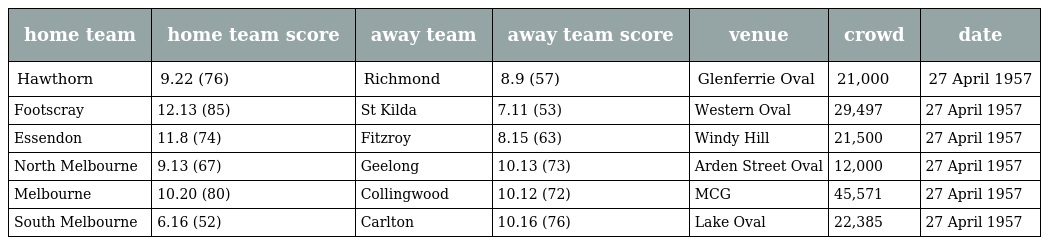
| home team | home team score | away team | away team score | venue | crowd | date |
 | --- | --- | --- | --- | --- | --- | --- |
 | Hawthorn | 9.22 (76) | Richmond | 8.9 (57) | Glenferrie Oval | 21,000 | 27 April 1957 |
 | Footscray | 12.13 (85) | St Kilda | 7.11 (53) | Western Oval | 29,497 | 27 April 1957 |
 | Essendon | 11.8 (74) | Fitzroy | 8.15 (63) | Windy Hill | 21,500 | 27 April 1957 |
 | North Melbourne | 9.13 (67) | Geelong | 10.13 (73) | Arden Street Oval | 12,000 | 27 April 1957 |
 | Melbourne | 10.20 (80) | Collingwood | 10.12 (72) | MCG | 45,571 | 27 April 1957 |
 | South Melbourne | 6.16 (52) | Carlton | 10.16 (76) | Lake Oval | 22,385 | 27 April 1957 |